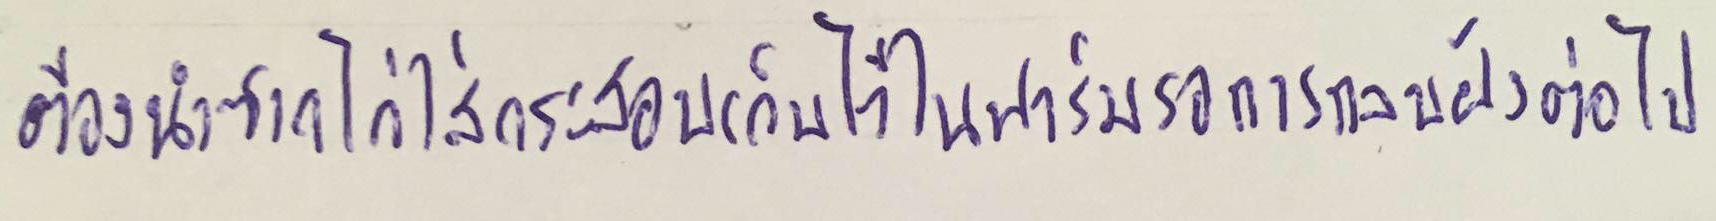
ต้องนำซากไก่ใส่กระสอบเก็บไว้ในฟาร์มรอการกลบฝังต่อไป